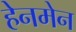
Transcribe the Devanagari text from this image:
हेनमेन